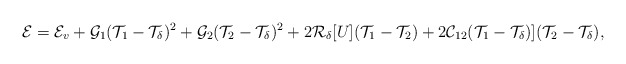
\begin{align*} \mathcal{E}=\mathcal{E}_v+\mathcal{G}_1(\mathcal{T}_1-\mathcal{T}_\delta)^2+\mathcal{G}_2(\mathcal{T}_2-\mathcal{T}_\delta)^2+2\mathcal{R}_\delta[U](\mathcal{T}_1-\mathcal{T}_2)+2\mathcal{C}_{12}(\mathcal{T}_1-\mathcal{T}_\delta)](\mathcal{T}_2-\mathcal{T}_\delta),\end{align*}